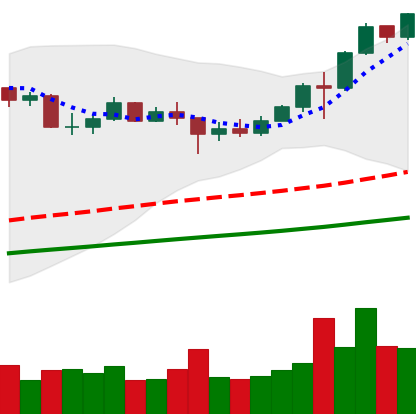
Ticker: LINK-USD
Chart end date: 2020-08-06
Forward return: 29.247%
Label: up_7plus